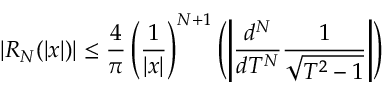
\lvert R _ { N } ( \lvert x \rvert ) \rvert \le \frac { 4 } { \pi } \left( \frac { 1 } { \lvert x \rvert } \right) ^ { N + 1 } \left( \left\lvert \frac { d ^ { N } } { d T ^ { N } } \frac { 1 } { \sqrt { T ^ { 2 } - 1 } } \right\rvert \right)